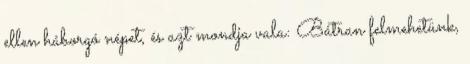
ellen háborgó népet, és azt mondja vala: Bátran felmehetünk,